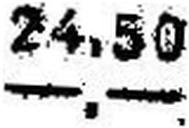
—.—